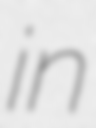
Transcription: in